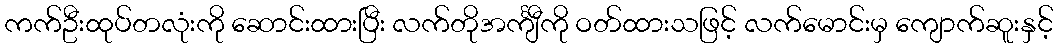
ကက်ဦးထုပ်တလုံးကို ဆောင်းထားပြီး လက်တိုအင်္ကျီကို ဝတ်ထားသဖြင့် လက်မောင်းမှ ကျောက်ဆူးနှင့်